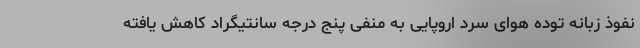
نفوذ زبانه توده هوای سرد اروپایی به منفی پنج درجه سانتیگراد کاهش یافته